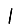
Digit: 1